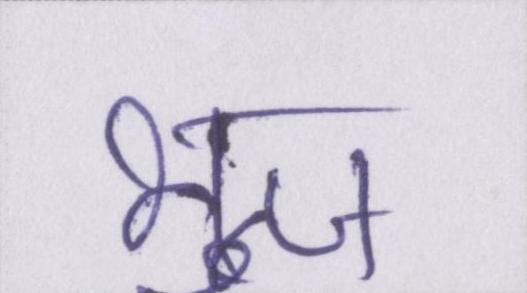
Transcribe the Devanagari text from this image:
भुज